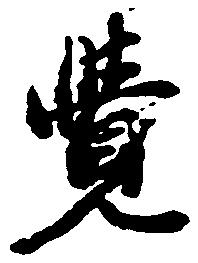
覚